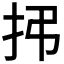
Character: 𫼛